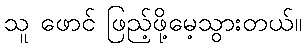
သူ ဖောင် ဖြည့်ဖို့မေ့သွားတယ်။